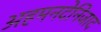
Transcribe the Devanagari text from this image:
अहमनदेनिजाद